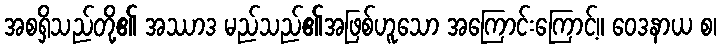
အစရှိသည်တို့၏ အဿာဒ မည်သည်၏အဖြစ်ဟူသော အကြောင်းကြောင့်။ ဝေဒနာယ စ၊